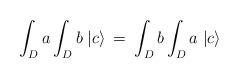
LaTeX: \begin{align*}\int_{D} a \int_{D} b \; | c \rangle \: = \: \int_{D} b\int_{D} a \; | c \rangle\end{align*}